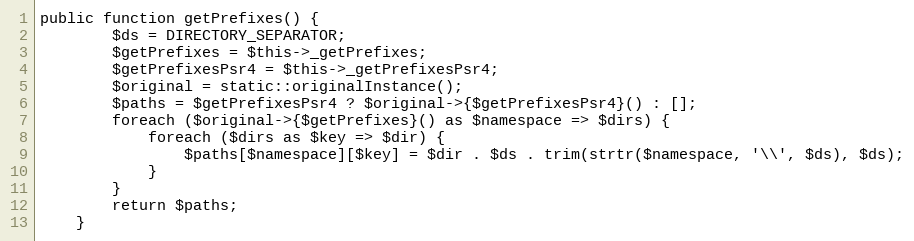
Language: PHP
public function getPrefixes() {
        $ds = DIRECTORY_SEPARATOR;
        $getPrefixes = $this->_getPrefixes;
        $getPrefixesPsr4 = $this->_getPrefixesPsr4;
        $original = static::originalInstance();
        $paths = $getPrefixesPsr4 ? $original->{$getPrefixesPsr4}() : [];
        foreach ($original->{$getPrefixes}() as $namespace => $dirs) {
            foreach ($dirs as $key => $dir) {
                $paths[$namespace][$key] = $dir . $ds . trim(strtr($namespace, '\\', $ds), $ds);
            }
        }
        return $paths;
    }